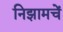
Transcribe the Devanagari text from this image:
निझामचें